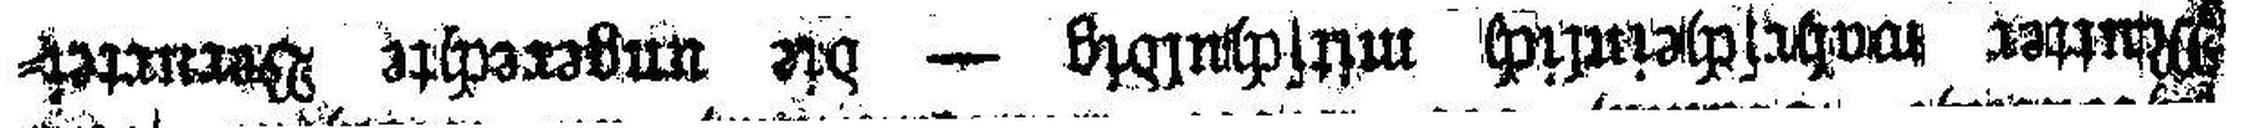
Mutter wahrscheinlich mitschuldig — die ungerechte Verrurtei¬